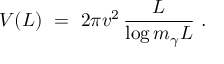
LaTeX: V ( L ) \ = \ 2 \pi v ^ { 2 } \, \frac L { \log { m _ { \gamma } L } } \ .